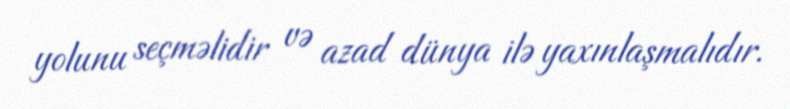
yolunu seçməlidir və azad dünya ilə yaxınlaşmalıdır.